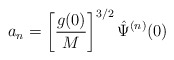
\begin{align*}a_{n}=\left[ \frac{g(0)}{M}\right] ^{3/2}\hat{\Psi}^{(n)}(0)\end{align*}